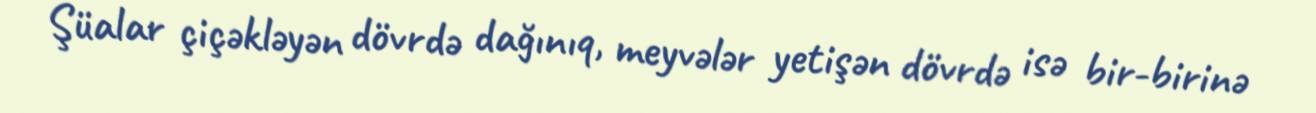
Şüalar çiçəkləyən dövrdə dağınıq, meyvələr yetişən dövrdə isə bir-birinə